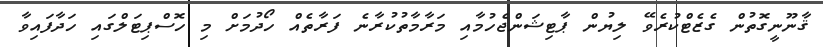
ޤާނޫނީގޮތުން ގެޒެޓްކުރެވޭ ލިޔުން ޕާޓިޝަންޖެހުމާއި މަރާމާތުކުރާނެ ފަރާތެއް ހޯދުމަށް މި ހޮސްޕިޓަލްގައި ހަދާފައިވާ